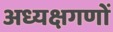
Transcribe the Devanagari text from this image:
अध्यक्षगणों